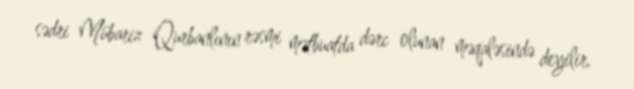
sədri Mübariz Qurbanlının rəsmi mətbuatda dərc olunan məqaləsində deyilir.